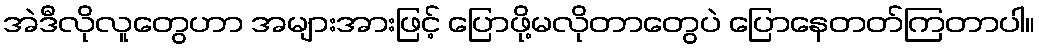
အဲဒီလိုလူတွေဟာ အများအားဖြင့် ပြောဖို့မလိုတာတွေပဲ ပြောနေတတ်ကြတာပါ။